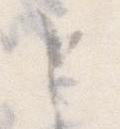
と